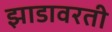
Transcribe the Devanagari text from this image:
झाडावरती